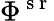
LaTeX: \Phi^{\mathrm{~s~r~}}